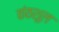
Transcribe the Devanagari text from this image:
कंठशूल